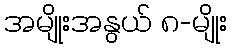
အမျိုးအနွယ် ၈-မျိုး